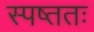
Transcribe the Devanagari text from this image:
स्पष्ततः